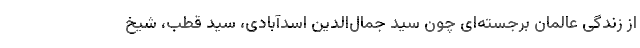
از زندگی عالمان برجسته‌ای چون سید جمال‌الدین اسدآبادی، سید قطب، شیخ